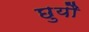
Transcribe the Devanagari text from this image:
छुयौ